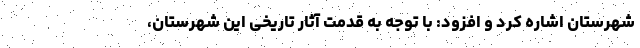
شهرستان اشاره کرد و افزود: با توجه به قدمت آثار تاریخی این شهرستان،